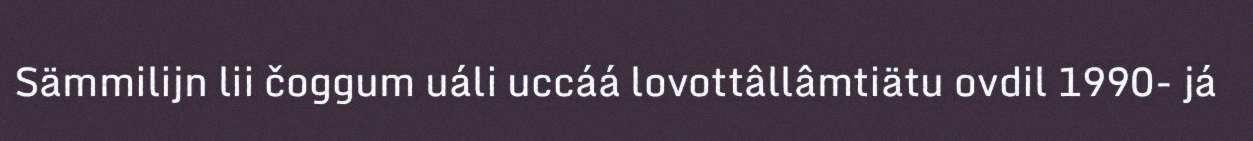
Sämmilijn lii čoggum uáli uccáá lovottâllâmtiätu ovdil 1990- já